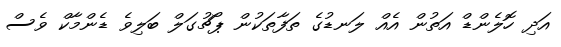
އަދި ހޮލެންޑް އަތުން އެއް ލަނޑުގެ ތަފާތަކުން ޕޯޗުގަލް ބަލިވެ ޑެންމާކް ވެސް